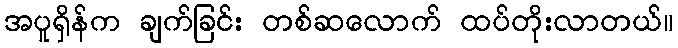
အပူရှိန်က ချက်ခြင်း တစ်ဆလောက် ထပ်တိုးလာတယ်။